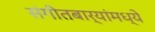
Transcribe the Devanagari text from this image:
संगीतबार्‍यांमध्ये